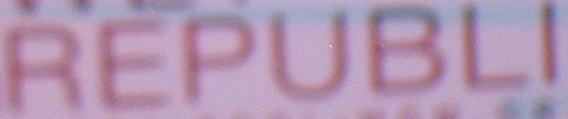
REPUBLI